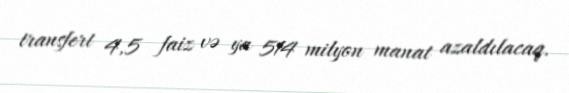
transfert 4,5 faiz və ya 514 milyon manat azaldılacaq.